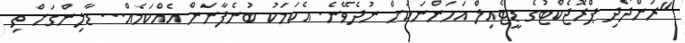
"ރަންދޯދި ޕްރޮޖެކްޓުގެ ޑީޓެއިލް އަހަންނަކަށް ނުދެވޭނެ. އެކަމަކު ބުނެފާނަން އެއްކަމެއް... ޑާލިންގަށް ތި